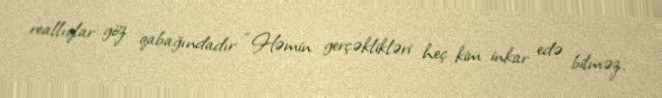
reallıqlar göz qabağındadır: “Həmin gerçəklikləri heç kim inkar edə bilməz.